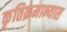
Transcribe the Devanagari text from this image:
कृतिक्रमाभ्यास